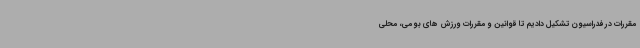
مقررات در فدراسیون تشکیل دادیم تا قوانین و مقررات ورزش های بومی، محلی